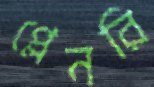
প্লেনরি